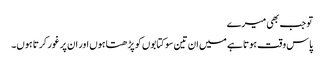
تو جب بھی میرے
پاس وقت ہوتا ہے میں ان تین سو کتابوں کو پڑھتا ہوں اور ان پر غور کرتا ہوں۔